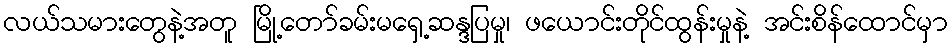
လယ်သမားတွေနဲ့အတူ မြို့တော်ခမ်းမရှေ့ဆန္ဒပြမှု၊ ဖယောင်းတိုင်ထွန်းမှုနဲ့ အင်းစိန်ထောင်မှာ